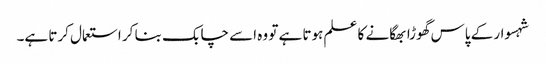
شہسوار کے پاس گھوڑا بھگانے کا علم ہوتا ہے تو وہ اسے چابک بنا کر استعمال کرتا ہے۔